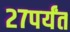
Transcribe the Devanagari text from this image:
२७पर्यंत